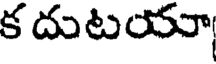
క దుటయా